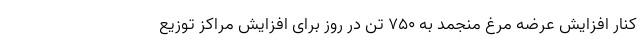
کنار افزایش عرضه مرغ منجمد به ۷۵۰ تن در روز برای افزایش مراکز توزیع